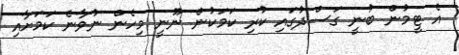
އެ ޓީމުން ބުނީ ގަސްދުގައި ކުރި ކަމަކުން ނޫނީ މިހެން ނުވާނެ ކަމަށާއި